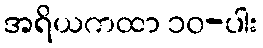
အရိယကထာ ၁၀-ပါး